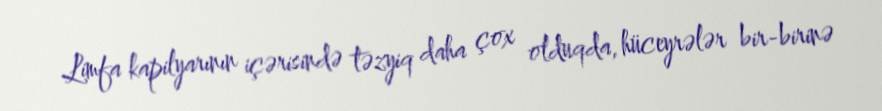
Limfa kapilyarının içərisində təzyiq daha çox olduqda, hüceyrələr bir-birinə